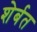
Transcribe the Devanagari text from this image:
शेर्बत